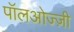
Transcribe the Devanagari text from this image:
पॉलओज्ज़ी